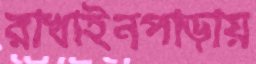
রাখাইনপাড়ায়